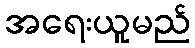
အရေးယူမည်